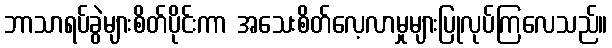
ဘာသာရပ်ခွဲများစိတ်ပိုင်းကာ အသေးစိတ်လေ့လာမှုများပြုလုပ်ကြလေသည်။